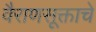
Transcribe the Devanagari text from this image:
वैराणसूक्ताचे